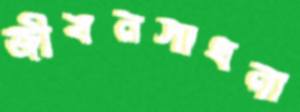
জীবনসাধনা